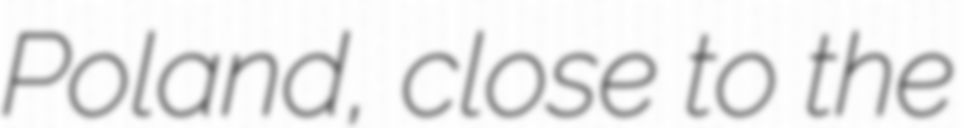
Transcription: Poland, close to the